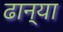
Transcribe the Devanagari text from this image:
ढान्या